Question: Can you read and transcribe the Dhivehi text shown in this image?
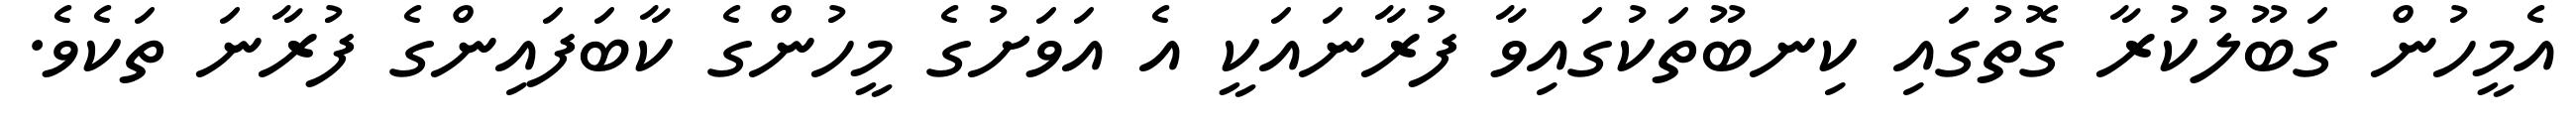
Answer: އެމީހުން ގަބޫލުކުރާ ގޮތުގައި ކިނބޫތަކުގައިވާ ފުރާނައަކީ އެ އަވަށުގެ މީހުންގެ ކާބަފައިންގެ ފުރާނަ ތަކެވެ.